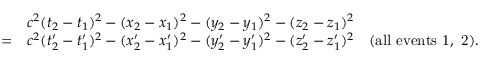
{ \begin{array} { r l } & { c ^ { 2 } ( t _ { 2 } - t _ { 1 } ) ^ { 2 } - ( x _ { 2 } - x _ { 1 } ) ^ { 2 } - ( y _ { 2 } - y _ { 1 } ) ^ { 2 } - ( z _ { 2 } - z _ { 1 } ) ^ { 2 } } \\ { = } & { c ^ { 2 } ( t _ { 2 } ^ { \prime } - t _ { 1 } ^ { \prime } ) ^ { 2 } - ( x _ { 2 } ^ { \prime } - x _ { 1 } ^ { \prime } ) ^ { 2 } - ( y _ { 2 } ^ { \prime } - y _ { 1 } ^ { \prime } ) ^ { 2 } - ( z _ { 2 } ^ { \prime } - z _ { 1 } ^ { \prime } ) ^ { 2 } \quad { \mathrm { ( a l l ~ e v e n t s ~ 1 , ~ 2 ) } } . } \end{array} }